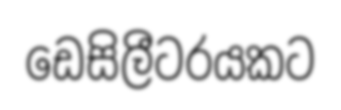
ඩෙසිලීටරයකට